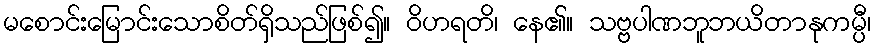
မစောင်းမြောင်းသောစိတ်ရှိသည်ဖြစ်၍။ ဝိဟရတိ၊ နေ၏။ သဗ္ဗပါဏဘူဘယိတာနုကမ္ပီ၊